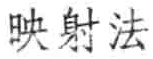
映射法